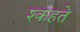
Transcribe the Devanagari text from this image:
श्कहते